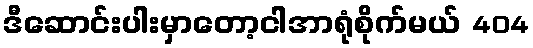
ဒီဆောင်းပါးမှာတော့ငါအာရုံစိုက်မယ် 404